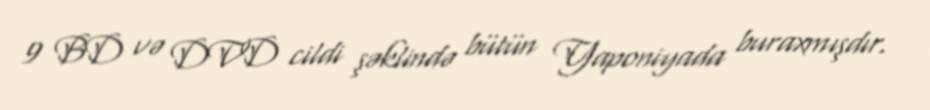
9 BD və DVD cildi şəklində bütün Yaponiyada buraxmışdır.